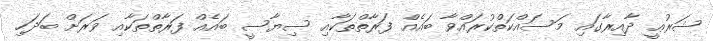
ޝަރުޢީ ދާއިރާގައި މަސައްކަތްކުރައްވާ ބައެއް ފަރާތްތަކާއި ސިޔާސީ ބައެއް ފަރާތްތަކާއި ވަރަށް ބަދަހި